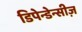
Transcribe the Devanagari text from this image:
डिपेन्डेन्सीज़